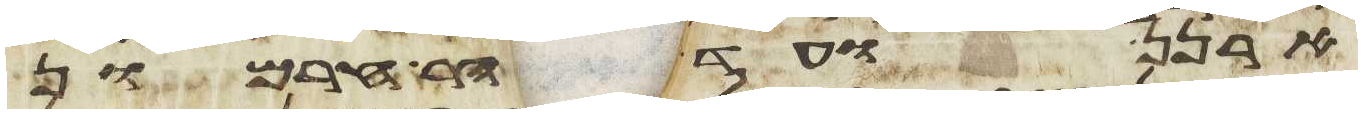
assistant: ארנן ועד הר חרמון